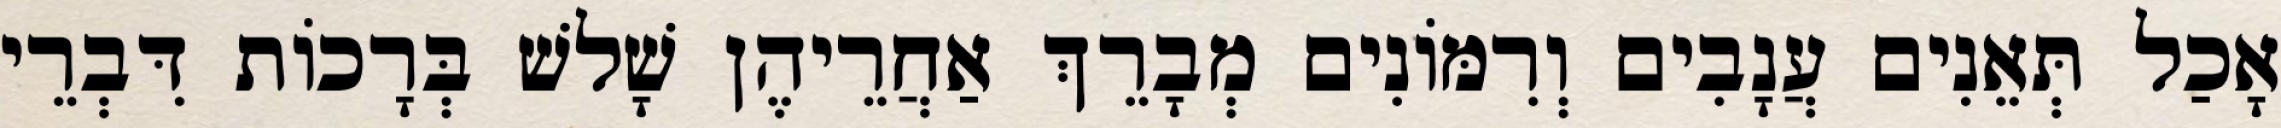
אָכַל תְּאֵנִים עֲנָבִים וְרִמּוֹנִים מְבָרֵךְ אַחֲרֵיהֶן שָׁלשׁ בְּרָכוֹת דִּבְרֵי